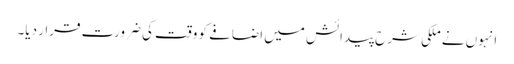
انہوں نے ملکی شرح پیدائش میں اضافے کو وقت کی ضرورت قرار دیا۔